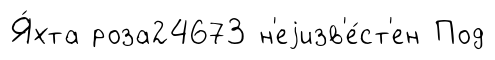
Я́хта роза24673 н'еjизв'е́ст'ен Под